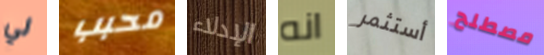
لي محبب الإدلاء انه أستثمر مصطلح